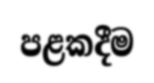
පළකදීම